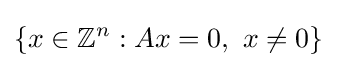
\{x\in \mathbb {Z} ^{n}:Ax=0,\ x\neq 0\}